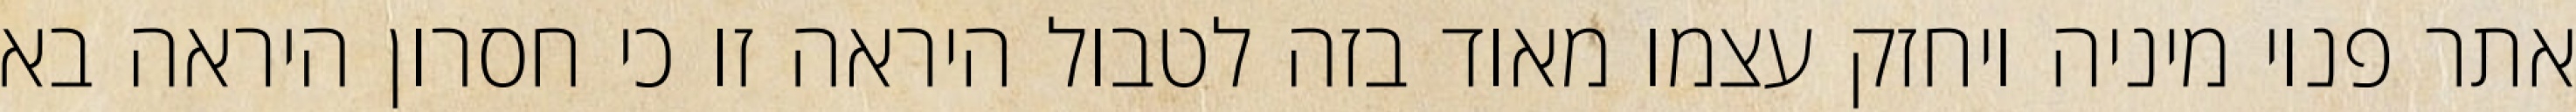
אתר פנוי מיניה ויחזק עצמו מאוד בזה לטבול היראה זו כי חסרון היראה בא